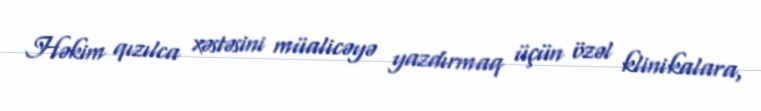
Həkim qızılca xəstəsini müalicəyə yazdırmaq üçün özəl klinikalara,